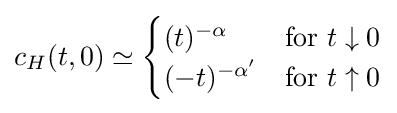
c_{H}(t,0)\simeq {\begin{cases}(t)^{-\alpha }&{\textrm {for}}\ t\downarrow 0\\(-t)^{-\alpha '}&{\textrm {for}}\ t\uparrow 0\end{cases}}